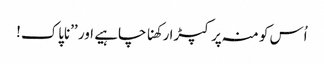
اُس کو منہ پر کپڑا رکھنا چاہیے اور ’’ناپاک!